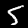
Label: 5